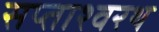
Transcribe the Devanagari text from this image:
सप्ताश्वरथ